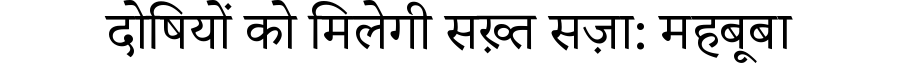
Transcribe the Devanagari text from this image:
दोषियों को मिलेगी सख़्त सज़ा: महबूबा